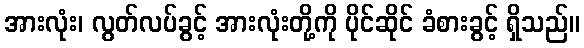
အားလုံး၊ လွတ်လပ်ခွင့် အားလုံးတို့ကို ပိုင်ဆိုင် ခံစားခွင့် ရှိသည်။